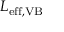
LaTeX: L _ { \mathrm { e f f , V B } }